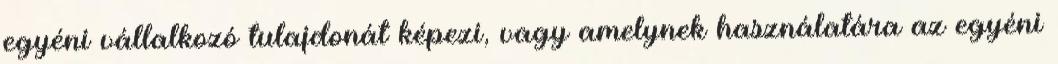
egyéni vállalkozó tulajdonát képezi, vagy amelynek használatára az egyéni